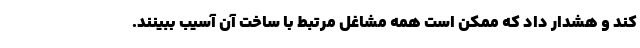
کند و هشدار داد که ممکن است همه مشاغل مرتبط با ساخت آن آسیب ببینند.